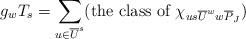
LaTeX: \begin{align*}g_wT_{s}=\sum_{u\in\overline{U}^s}(\mbox{the class of }\chi_{us\overline{U}^ww\overline{P}_J})\end{align*}